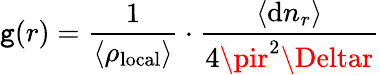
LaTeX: \mathtt{g}(r)=\frac{{1}}{{\langle\rho_{\mathrm{{local}}}\rangle}}\cdot\frac{{\langle\mathrm{{d}}n_{r}\rangle}}{{4\pir^{2}\Deltar}}